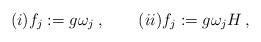
LaTeX: \begin{align*}(i) f_j:=g \omega_j \;, \qquad(ii) f_j:=g \omega_j H \,,\end{align*}